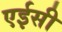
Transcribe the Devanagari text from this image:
एईसी